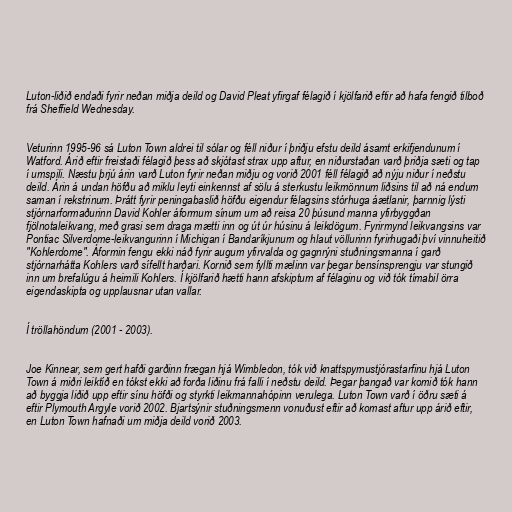
Luton-liðið endaði fyrir neðan miðja deild og David Pleat yfirgaf félagið í kjölfarið eftir að hafa fengið tilboð
frá Sheffield Wednesday.

Veturinn 1995-96 sá Luton Town aldrei til sólar og féll niður í þriðju efstu deild ásamt erkifjendunum í
Watford. Árið eftir freistaði félagið þess að skjótast strax upp aftur, en niðurstaðan varð þriðja sæti og tap
í umspili. Næstu þrjú árin varð Luton fyrir neðan miðju og vorið 2001 féll félagið að nýju niður í neðstu
deild. Árin á undan höfðu að miklu leyti einkennst af sölu á sterkustu leikmönnum liðsins til að ná endum
saman í rekstrinum. Þrátt fyrir peningabaslið höfðu eigendur félagsins stórhuga áætlanir, þarnnig lýsti
stjórnarformaðurinn David Kohler áformum sínum um að reisa 20 þúsund manna yfirbyggðan
fjölnotaleikvang, með grasi sem draga mætti inn og út úr húsinu á leikdögum. Fyrirmynd leikvangsins var
Pontiac Silverdome-leikvangurinn í Michigan í Bandaríkjunum og hlaut völlurinn fyrirhugaði því vinnuheitið
"Kohlerdome". Áformin fengu ekki náð fyrir augum yfirvalda og gagnrýni stuðningsmanna í garð
stjórnarhátta Kohlers varð sífellt harðari. Kornið sem fyllti mælinn var þegar bensínsprengju var stungið
inn um brefalúgu á heimili Kohlers. Í kjölfarið hætti hann afskiptum af félaginu og við tók tímabil örra
eigendaskipta og upplausnar utan vallar.

Í tröllahöndum (2001 - 2003).

Joe Kinnear, sem gert hafði garðinn frægan hjá Wimbledon, tók við knattspyrnustjórastarfinu hjá Luton
Town á miðri leiktíð en tókst ekki að forða liðinu frá falli í neðstu deild. Þegar þangað var komið tók hann
að byggja liðið upp eftir sínu höfði og styrkti leikmannahópinn verulega. Luton Town varð í öðru sæti á
eftir Plymouth Argyle vorið 2002. Bjartsýnir stuðningsmenn vonuðust eftir að komast aftur upp árið eftir,
en Luton Town hafnaði um miðja deild vorið 2003.